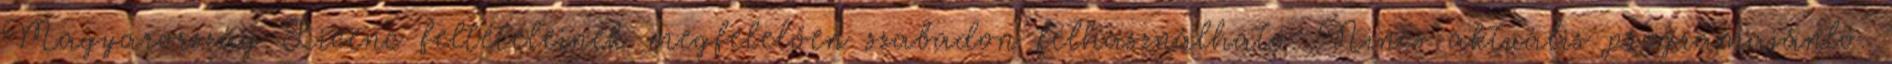
Magyarország Licenc feltételeinek megfelelően szabadon felhasználható. Nincs aktuális programajánló.